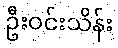
ဦးဝင်းသိန်း